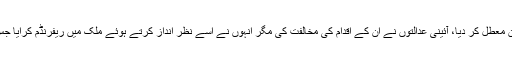
انہوں نے کہا کہ سابق صدر نے آئین معطل کر دیا، آئینی عدالتوں نے ان کے اقدام کی مخالفت کی مگر انہوں نے اسے نظر انداز کرتے ہوئے ملک میں ریفرنڈم کرایا جس کے نتائج قابل بھروسہ نہیں تھے۔